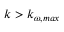
k > k _ { \omega , m a x }